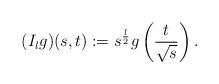
LaTeX: \begin{align*}(I_l g)(s,t):=s^{\frac l 2} g \left(\frac{t}{\sqrt s}\right). \end{align*}